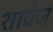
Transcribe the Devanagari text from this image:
शावेज